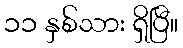
၁၁ နှစ်သား ရှိပြီ။